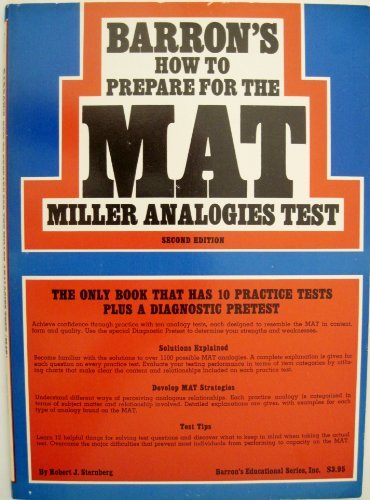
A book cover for How to Prepare for the Miller Analogies Test; Robert J. Sternberg; Test Preparation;